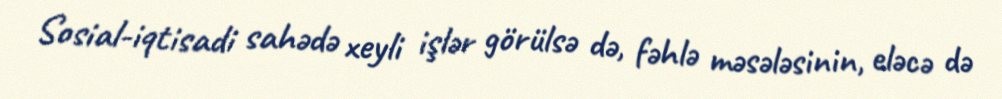
Sosial-iqtisadi sahədə xeyli işlər görülsə də, fəhlə məsələsinin, eləcə də